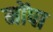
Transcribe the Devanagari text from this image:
मोंपा